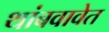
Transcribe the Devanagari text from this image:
थांबवावेत